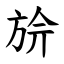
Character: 㫅